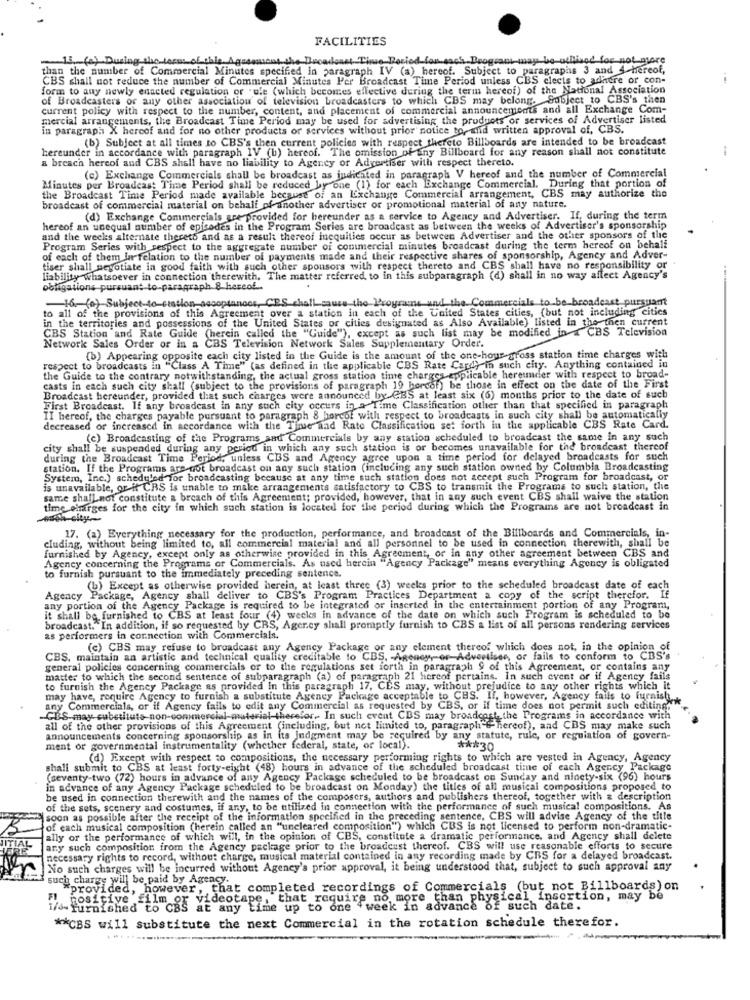
FACILITIES
15. (a) During the La
out the Broadlost Time Period for each Beggeamy may be afinod for not more
than the number of Commercial Minutes specified in paragraph IV (a) hereof. Subject to paragraphs 3 and 4 Hereof,
CBS shall not reduce the number of Commercial Minutes Per Broadcast Time Period unless CBS elects to adhere or con-
form to any newly enacted regulation or .ule (which becomes effective during the term hereof) of the National Association
of Broadcasters or any other association of television broadcasters to which CBS may belong. Subject to CBS's then
current policy with respect to the number, content, and placement of commercial announcements and all Exchange Com-
mercial arrangements, the Broadcast Time Period may be used for advertising the products or services of Advertiser listed
in paragraph X heroof and for no other products or services without prior notice to and written approval of, CBS.
(b) Subject at all times to CBS's then current policies with respect thereto Billboards are intended to be broadcast
hereunder in accordance with paragraph IV (b) hereof. The omission of any Billboard for any reason shall not constitute
a breach hereof and CBS shall have no liability to Agency or Advertiser with respect thereto.
(c) Exchange Commercials shall be broadcast as indicated in paragraph V hereof and the number of Commercial
Minutes per Broadcast Time Period shall be reduced by one (1) for each Exchange Commercial. During that portion of
the Broadcast Time Period made available because of an Exchange Commercial arrangement, CBS may authorize the
broadcast of commercial material on behalf of another advertiser or promotional material of any nature.
(d) Exchange Commercials are provided for bereunder as a service to Agency and Advertiser. If, during the term
hereof an unequal number of episodes in the Program Series are broadcast as between the weeks of Advertiser's sponsorship
and the weeks alternate thereto and as a result thereof inequities occur as between Advertiser and the other sponsors of the
Program Series with respect to the aggregate number of commercial minutes broadcast during the term hereof on behalf
of each of them la relation to the number of payments made and their respective shares of sponsorship, Agency and Adver-
tiser shall negotiate in good faith with such other sponsors with respect thereto and CBS shall have no responsibility or
liability whatsoever in connection therewith. The matter referred to in this subparagraph (d) shall in no way affect Agency's
obligations pursuant to-paragraph 8 hereof
septances, CES chall cause the Programs and the Commercials to be-broadcast pursuant
to all of the provisions of this Agreement over a station in each of the United States cities, (but not including cities
16. (o) Subject-to-ciation
in the territories and possessions of the United States or cities designated as Also Available) listed in the- then current
CBS Station and Rate Guide (herein called the "Guide"), except as such list may be modified in & CBS Television
Network Sales Order or in a CBS Television Network Sales Supplementary Order.
(b) Appearing opposite each city listed in the Guide is the amount of the one-hour-gross station time charges with
respect to broadcasts in "Class A Time" (as defined in the applicable CBS Rate Cardy in such city. Anything contained in
the Guide to the contrary notwithstanding, the actual gross station time charges applicable hereunder with respect to broad-
casts in each such city shall (subject to the provisions of paragraph 19 horcof) be those in effect on the date of the First
Broadcast hereunder, provided that such charges were announced by CBS at least six (6) months prior to the date of such
First Broadcast. If any broadcast in any such city occurs in a Time Classification other than that specified in paragraph
II hereof, the charges payable pursuant to paragraph 8 horcof with respect to broadcasts in such city shall be automatically
decreased or increased in accordance with the Time and Rate Classification set forth in the applicable CBS Rate Card.
(c) Broadcasting of the Programs and Commercials by any station scheduled to broadcast the same in any such
city shall be suspended during any period in which any such station is or becomes unavailable for the broadcast thereof
during the Broadcast Time Period, unless CBS and Agency agree upon a time period for delayed broadcasts for such
station. If the Programs are not broadcast on any such station (including any such station owned by Columbia Broadcasting
System, Inc.) scheduled for broadcasting because at any time such station does not accept such Program for broadcast, or
is unavailable, or H CRS is unable to make arrangements satisfactory to CBS to transmit the Programs to such station, the
same shall not constitute a breach of this Agreement; provided, however, that in any such event CBS shall waive the station
time charges for the city in which such station is located for the period during which the Programs are not broadcast in
cluding, without being limited to, all commercial material and all personnel to be used in connection therewith, shall be
17. (a) Everything necessary for the production, performance, and broadcast of the Billboards and Commercials, in-
furnished by Agency, except only as otherwise provided in this Agreement, or in any other agreement between CBS and
Agency concerning the Programs or Commercials. As used herein "Agency Package" means everything Agency is obligated
to furnish pursuant to the immediately preceding sentence.
(b) Except as otherwise provided herein, at least three (3) weeles prior to the scheduled broadcast date of each
Agency Package, Agency shall deliver to CBS's Program Practices Department a copy of the script therefor. If
any portion of the Agency Package is required to be integrated or inserted in the entertainment portion of any Program,
it shall be furnished to CBS at least four (4) weeks in advance of the date on which such Program is scheduled to be
broadcast."In addition, if so requested by CRS, Ager.cy shall promptly furnish to CBS a list of all persons rendering services
as performers in connection with Commercials.
(c) CBS may refuse to broadcast any Agency Package or any element thereof which does not, in the opinion of
CBS, maintain an artistic and technical quality creditable to CBS. - Agency, or-Advertiser, or fails to conform to CBS's
general policies concerning commercials or to the regulations set forth in paragraph § of this Agreement, or contains any
matter to which the second sentence of subparagraph (a) of paragraph 21 hereof pertains. In such event or if Agency fails
to furnish the Agency Package as provided In this paragraph 17, CES may, without prejudice to any other rights which it
may have, require Agency to furnish a substitute Agency Package acceptable to CHS. If, however, Agency fails to furnish ....
any Commercials, or if Agency fails to edit any Commercial as requested by CBS, or if time does not permit such editing!
GUS-may cubetltuts non-commercial-material-therefor. In such cvent CDS may broadcast the Programs in accordance with
all of the other provisions of this Agreement (including, but not limited to, paragraph"" Bercof), and CBS may make such
announcements concerning sponsorship as in its Judgment may be required by any statute, rule, or reguiation of govern-
ment or governmental instrumentality (whether federal, state, of local).
*** 30
(d) Except with respect to compositions, the necessary performing rights to which are vested in Agency, Agency
shall submit to CBS at least forty-eight (48) hours in advance of the scheduled broadcast time of each Agency Package
(seventy-two (72) hours in advance of any Agency Package scheduled to be broadcast on Sunday and ninety-six (96) hours
in advance of any Agency Package scheduled to be broadcast on Monday) the titles of all musical compositions proposed to
be used in connection therewith and the names of the composers, authors and publishers thereof, together with z description
of the sets, scenery and costumes, if any, to be utilized in connection with the performance of such musical compositions. As
soon as possible after the receipt of the information specified in the preceding sentence, CBS will advise Agency of the title
of each musical composition (herein called an "uncleared composition") which CBS is not licensed to perform non-dramatic-
ally or the performance of which will, in the opinion of CBS, constitute a dramatic performance, and Agency shall delete
any such composition from the Agency package prior to the broadcast thereof. CBS will use reasonable efforts to secure
necessary rights to record, without charge, musical material contained in any recording made by CBS for a delayed broadcast.
No such charges will be incurred without Agency's prior approval, it being understood that, subject to such approval any
such charge will be paid by Agency.
"provided, however, that completed recordings of Commercials (but not Billboards) on
r videotape, that require no more than physical insertion, may be
i/s-furnished to CBS
positive "times w any time up to one week in advance of such date.
** CBS will substitute the next Commercial in the rotation schedule therefor.